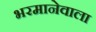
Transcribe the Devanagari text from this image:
भरमानेवाला